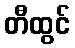
တီထွင်